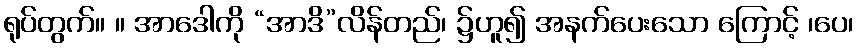
ရုပ်တွက်။ ။ အာဒေါကို “အာဒိ”လိန်တည်၊ ၌ဟူ၍ အနက်ပေးသော ကြောင့် ၊ပေ၊